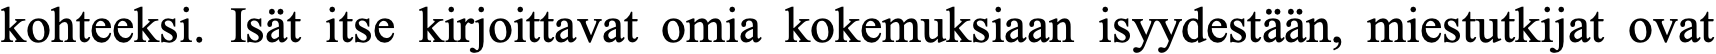
kohteeksi. Isät itse kirjoittavat omia kokemuksiaan isyydestään, miestutkijat ovat